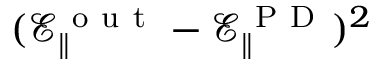
( \mathcal { E } _ { \| } ^ { \mathrm { ~ o ~ u ~ t ~ } } - \mathcal { E } _ { \| } ^ { \mathrm { ~ P ~ D ~ } } ) ^ { 2 }